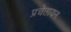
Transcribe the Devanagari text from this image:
प्रचेतायन